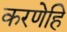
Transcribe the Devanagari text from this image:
करणेहि